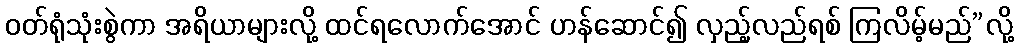
ဝတ်ရုံသုံးစွဲကာ အရိယာများလို့ ထင်ရလောက်အောင် ဟန်ဆောင်၍ လှည့်လည်ရစ် ကြလိမ့်မည်”လို့